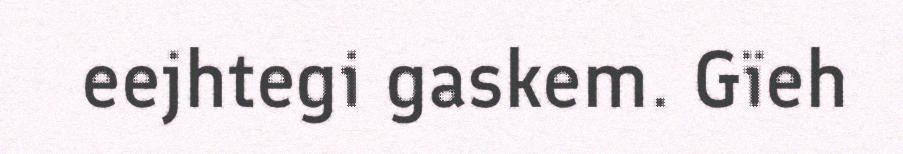
eejhtegi gaskem. Gïeh